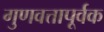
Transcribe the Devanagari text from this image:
गुणवत्तापूर्वक